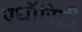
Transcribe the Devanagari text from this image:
एथॉरिटी